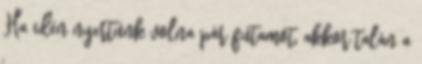
Ha idén nyertünk volna pár futamot, akkor talán a